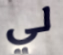
لي